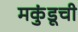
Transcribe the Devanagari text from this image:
मकुंडूची